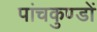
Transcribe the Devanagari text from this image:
पांचकुण्डों